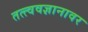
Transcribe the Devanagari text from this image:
तत्त्ववज्ञानावर